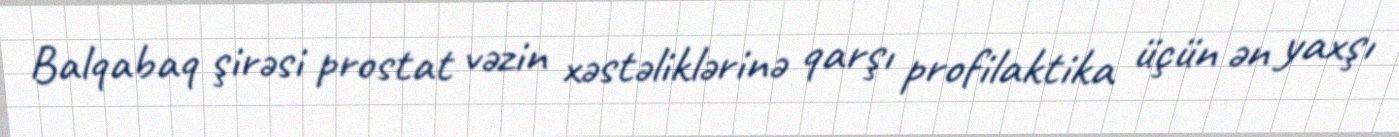
Balqabaq şirəsi prostat vəzin xəstəliklərinə qarşı profilaktika üçün ən yaxşı